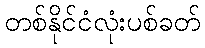
တစ်နိုင်ငံလုံးပစ်ခတ်